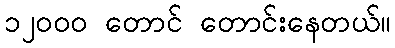
၁၂ဝဝဝ တောင် တောင်းနေတယ်။